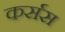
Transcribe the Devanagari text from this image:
कर्सस